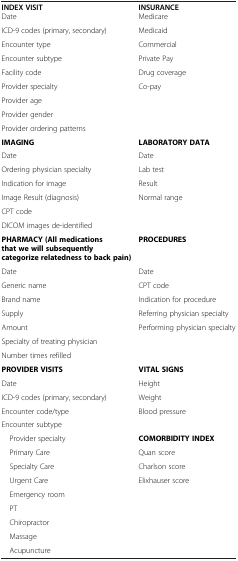
<table><thead><tr><td><b>INDEX VISIT</b></td><td><b>INSURANCE</b></td></tr></thead><tbody><tr><td>Date</td><td>Medicare</td></tr><tr><td>ICD-9 codes (primary, secondary)</td><td>Medicaid</td></tr><tr><td>Encounter type</td><td>Commercial</td></tr><tr><td>Encounter subtype</td><td>Private Pay</td></tr><tr><td>Facility code</td><td>Drug coverage</td></tr><tr><td>Provider specialty</td><td>Co-pay</td></tr><tr><td>Provider age</td><td> </td></tr><tr><td>Provider gender</td><td> </td></tr><tr><td>Provider ordering patterns</td><td> </td></tr><tr><td><b>IMAGING</b></td><td><b>LABORATORY DATA</b></td></tr><tr><td>Date</td><td>Date</td></tr><tr><td>Ordering physician specialty</td><td>Lab test</td></tr><tr><td>Indication for image</td><td>Result</td></tr><tr><td>Image Result (diagnosis)</td><td>Normal range</td></tr><tr><td>CPT code</td><td> </td></tr><tr><td>DICOM images de-identified</td><td> </td></tr><tr><td><b>PHARMACY (All medications that we will subsequently categorize relatedness to back pain)</b></td><td><b>PROCEDURES</b></td></tr><tr><td>Date</td><td>Date</td></tr><tr><td>Generic name</td><td>CPT code</td></tr><tr><td>Brand name</td><td>Indication for procedure</td></tr><tr><td>Supply</td><td>Referring physician specialty</td></tr><tr><td>Amount</td><td>Performing physician specialty</td></tr><tr><td>Specialty of treating physician</td><td> </td></tr><tr><td>Number times refilled</td><td> </td></tr><tr><td><b>PROVIDER VISITS</b></td><td><b>VITAL SIGNS</b></td></tr><tr><td>Date</td><td>Height</td></tr><tr><td>ICD-9 codes (primary, secondary)</td><td>Weight</td></tr><tr><td>Encounter code/type</td><td>Blood pressure</td></tr><tr><td>Encounter subtype</td><td> </td></tr><tr><td> Provider specialty</td><td><b>COMORBIDITY INDEX</b></td></tr><tr><td> Primary Care</td><td>Quan score</td></tr><tr><td> Specialty Care</td><td>Charlson score</td></tr><tr><td> Urgent Care</td><td>Elixhauser score</td></tr><tr><td> Emergency room</td><td> </td></tr><tr><td> PT</td><td> </td></tr><tr><td> Chiropractor</td><td> </td></tr><tr><td> Massage</td><td> </td></tr><tr><td> Acupuncture</td><td> </td></tr></tbody></table>